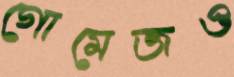
গোমেজও